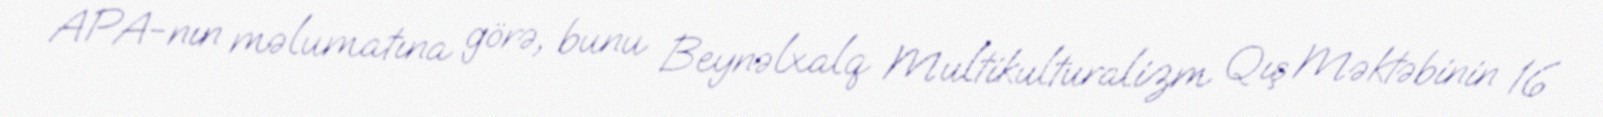
APA-nın məlumatına görə, bunu Beynəlxalq Multikulturalizm Qış Məktəbinin 16